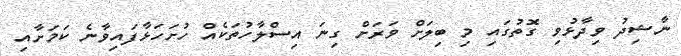
ނާޝިދު ވިދާޅުވި ގޮތުގައި މި ބިލަށް ވަރަށް ގިނަ އިސްލާހުތަކެއް ހުށަހަޅާފައިވާނެ ކަމަށާއި